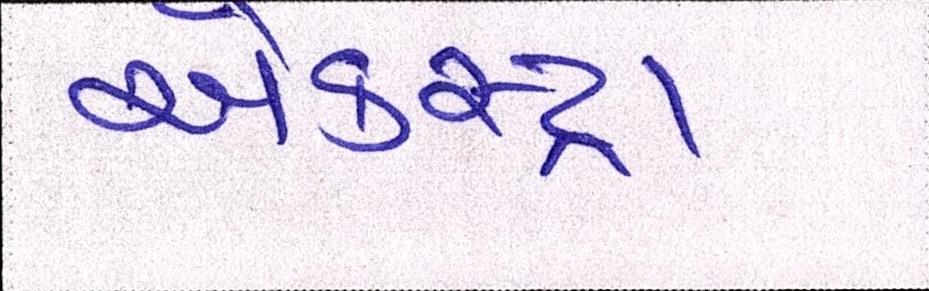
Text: એકસ્ટ્રા